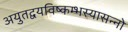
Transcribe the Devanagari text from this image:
अयुतद्वयविष्कम्भस्यासन्नो